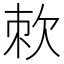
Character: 𭭇